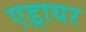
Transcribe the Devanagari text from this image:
एड्रायर